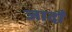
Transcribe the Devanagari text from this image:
जादौ